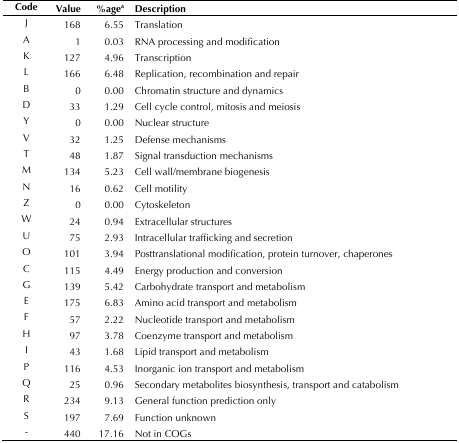
<table><thead><tr><td><b>Code</b></td><td><b>Value</b></td><td><b>%age<sup>a</sup></b></td><td><b>Description</b></td></tr></thead><tbody><tr><td>J</td><td>168</td><td>6.55</td><td>Translation</td></tr><tr><td>A</td><td>1</td><td>0.03</td><td>RNA processing and modification</td></tr><tr><td>K</td><td>127</td><td>4.96</td><td>Transcription</td></tr><tr><td>L</td><td>166</td><td>6.48</td><td>Replication, recombination and repair</td></tr><tr><td>B</td><td>0</td><td>0.00</td><td>Chromatin structure and dynamics</td></tr><tr><td>D</td><td>33</td><td>1.29</td><td>Cell cycle control, mitosis and meiosis</td></tr><tr><td>Y</td><td>0</td><td>0.00</td><td>Nuclear structure</td></tr><tr><td>V</td><td>32</td><td>1.25</td><td>Defense mechanisms</td></tr><tr><td>T</td><td>48</td><td>1.87</td><td>Signal transduction mechanisms</td></tr><tr><td>M</td><td>134</td><td>5.23</td><td>Cell wall/membrane biogenesis</td></tr><tr><td>N</td><td>16</td><td>0.62</td><td>Cell motility</td></tr><tr><td>Z</td><td>0</td><td>0.00</td><td>Cytoskeleton</td></tr><tr><td>W</td><td>24</td><td>0.94</td><td>Extracellular structures</td></tr><tr><td>U</td><td>75</td><td>2.93</td><td>Intracellular trafficking and secretion</td></tr><tr><td>O</td><td>101</td><td>3.94</td><td>Posttranslational modification, protein turnover, chaperones</td></tr><tr><td>C</td><td>115</td><td>4.49</td><td>Energy production and conversion</td></tr><tr><td>G</td><td>139</td><td>5.42</td><td>Carbohydrate transport and metabolism</td></tr><tr><td>E</td><td>175</td><td>6.83</td><td>Amino acid transport and metabolism</td></tr><tr><td>F</td><td>57</td><td>2.22</td><td>Nucleotide transport and metabolism</td></tr><tr><td>H</td><td>97</td><td>3.78</td><td>Coenzyme transport and metabolism</td></tr><tr><td>I</td><td>43</td><td>1.68</td><td>Lipid transport and metabolism</td></tr><tr><td>P</td><td>116</td><td>4.53</td><td>Inorganic ion transport and metabolism</td></tr><tr><td>Q</td><td>25</td><td>0.96</td><td>Secondary metabolites biosynthesis, transport and catabolism</td></tr><tr><td>R</td><td>234</td><td>9.13</td><td>General function prediction only</td></tr><tr><td>S</td><td>197</td><td>7.69</td><td>Function unknown</td></tr><tr><td>-</td><td>440</td><td>17.16</td><td>Not in COGs</td></tr></tbody></table>